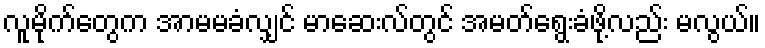
လူမိုက်တွေက အာမမခံလျှင် မာဆေးလ်တွင် အမတ်ရွေးခံဖို့လည်း မလွယ်။